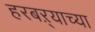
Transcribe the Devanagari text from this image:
हरबऱ्याच्या